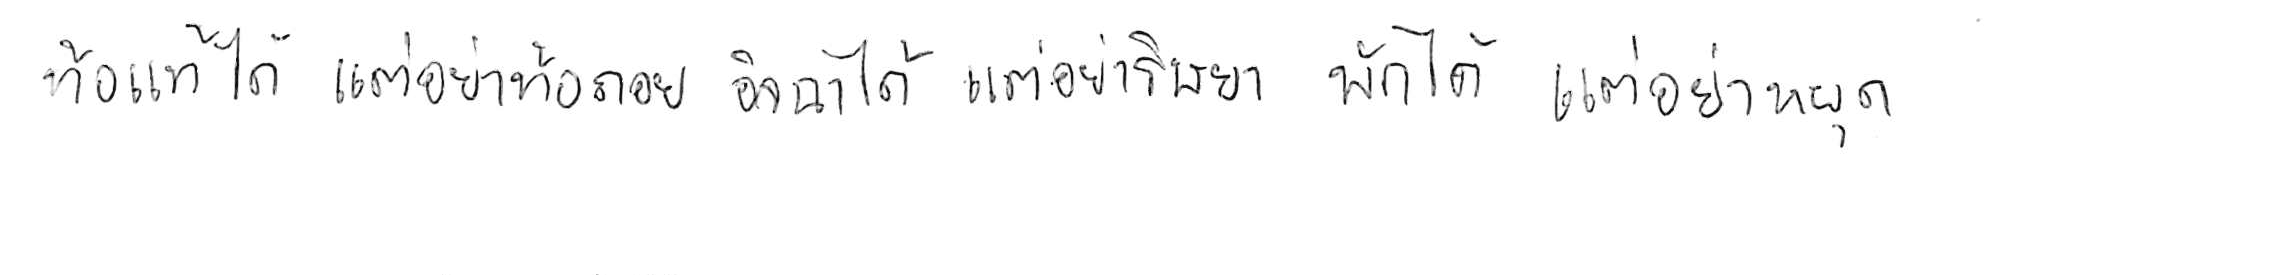
ท้อแท้ได้ แต่อย่าท้อถอย อิจฉาได้ แต่อย่าริษยา พักได้ แต่อย่าหยุด